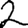
Digit: 2